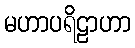
မဟာပရိဠာဟာ